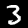
Digit: 3